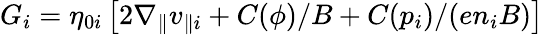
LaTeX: G_{i}=\eta_{0i}\left[2\nabla_{\| }v_{\| i}+C(\phi)/B+C(p_{i})/(en_{i}B)\right]